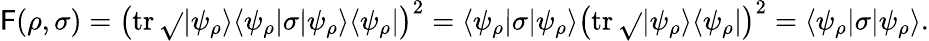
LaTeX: \mathsf{F}(\rho,\sigma)=\left(\operatorname{tr}{\sqrt{}{{|\psi_{\rho}\rangle\langle\psi_{\rho}|\sigma|\psi_{\rho}\rangle\langle\psi_{\rho}|}}}\right)^{2}=\langle\psi_{\rho}|\sigma|\psi_{\rho}\rangle\left(\operatorname{tr}{\sqrt{}{{|\psi_{\rho}\rangle\langle\psi_{\rho}|}}}\right)^{2}=\langle\psi_{\rho}|\sigma|\psi_{\rho}\rangle.